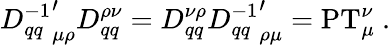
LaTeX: {D_{qq}^{-1}}_{\mu\rho}^{\prime}D_{qq}^{\rho\nu}=D_{qq}^{\nu\rho}{D_{qq}^{-1}}_{\rho\mu}^{\prime}=\mathrm{PT}_{\mu}^{\nu}\ .